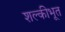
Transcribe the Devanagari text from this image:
शल्कीभूत